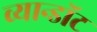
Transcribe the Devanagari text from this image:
व्यान्डॉट